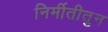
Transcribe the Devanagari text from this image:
निर्मीतीतुन